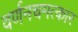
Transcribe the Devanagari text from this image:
वर्णनचमत्कार